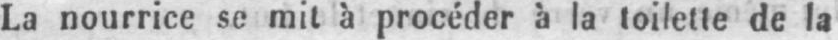
La nourrice se mit à procéder à la toilette de la